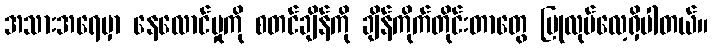
အသားအရေမှာ နေလောင်မှုကို စတင်ချိန်ကို ချိန်ကိုက်တိုင်းတာတွေ ပြုလုပ်လေ့ရှိပါတယ်။